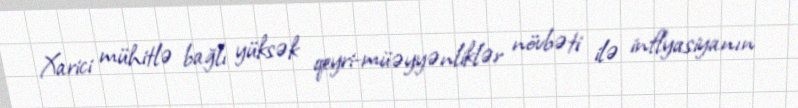
Xarici mühitlə bağlı yüksək qeyri-müəyyənliklər növbəti ilə inflyasiyanın